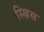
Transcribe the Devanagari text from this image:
स्स्रिस